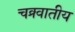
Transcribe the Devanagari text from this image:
चक्र्वातीय